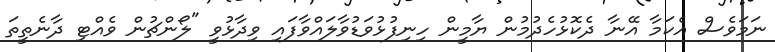
ނަމަވެސް އެކަމާ އޭނާ ދެކޮޅުހެދުމުން ޔާމީން ހިނިފުޅުވަޑުވާލައްވާފައި ވިދާޅުވީ "ލޯންޗުން ވެއްޓި ދާނެތީތަ